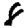
Digit: 8